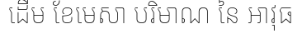
ដើម ខែមេសា បរិមាណ នៃ អាវុធ